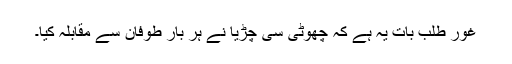
غور طلب بات یہ ہے کہ چھوٹی سی چڑیا نے ہر بار طوفان سے مقابلہ کیا۔